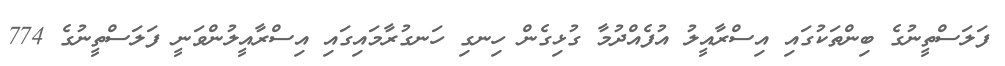
ފަލަސްތީނުގެ ބިންތަކުގައި އިސްރާއީލު އުފެއްދުމާ ގުޅިގެން ހިނގި ހަނގުރާމައިގައި އިސްރާއީލުންވަނީ ފަލަސްތީނުގެ 774